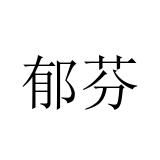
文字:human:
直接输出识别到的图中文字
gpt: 郁芬